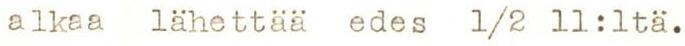
 alkaa lähettää edes 1/2 11:ltä.